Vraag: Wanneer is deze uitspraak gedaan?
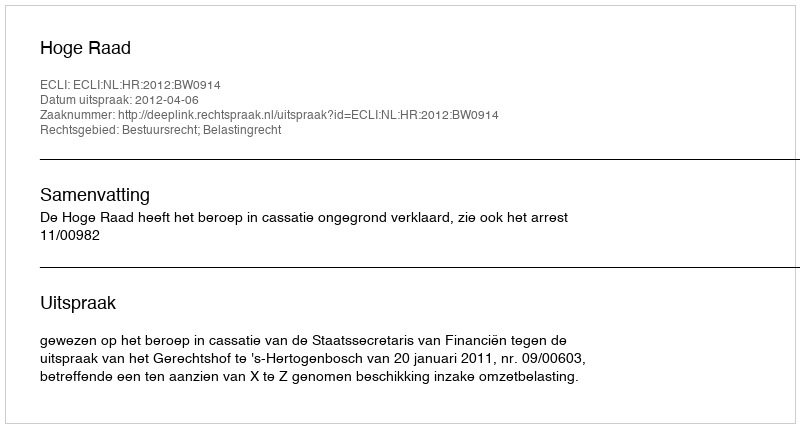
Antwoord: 2012-04-06